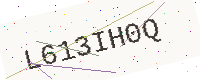
Text: L613IH0Q